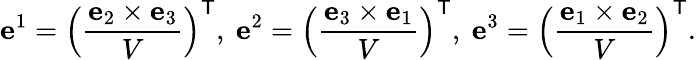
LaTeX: \mathbf{e}^{1}=\left({\frac{\mathbf{e}_{2}\times\mathbf{e}_{3}}{V}}\right)^{\mathsf{T}},\ \mathbf{e}^{2}=\left({\frac{\mathbf{e}_{3}\times\mathbf{e}_{1}}{V}}\right)^{\mathsf{T}},\ \mathbf{e}^{3}=\left({\frac{\mathbf{e}_{1}\times\mathbf{e}_{2}}{V}}\right)^{\mathsf{T}}.